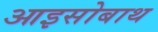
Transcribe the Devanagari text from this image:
आइसोबाथ